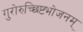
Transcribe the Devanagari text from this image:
गुरोरुच्छिष्टभोजनम्